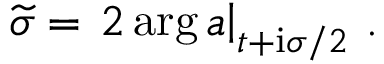
\widetilde { \sigma } = \left. 2 \arg a \right| _ { t + { \mathrm { i } \sigma } / 2 } \, .